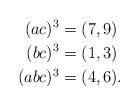
LaTeX: \begin{align*}(ac)^3 &= (7,9) \\(bc)^3 &= (1,3) \\(abc)^3 &= (4,6). \end{align*}